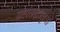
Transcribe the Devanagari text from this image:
यहांश्रद्धालुओं